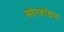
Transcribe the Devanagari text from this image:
ओल्डोवन